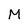
Character: M